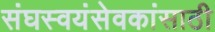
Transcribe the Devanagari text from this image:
संघस्वयंसेवकांसाठी